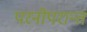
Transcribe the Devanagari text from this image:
परनोपरान्त